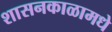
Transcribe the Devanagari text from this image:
शासनकाळामधे